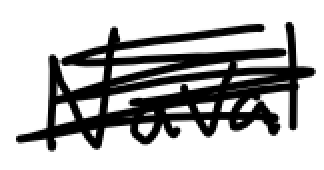
Text: Naval
Cross-out: scratch
Writing tool: digital_black